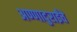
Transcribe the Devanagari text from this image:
अण्णादुराईंचे